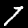
Label: 7